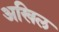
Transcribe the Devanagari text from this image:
अखिल